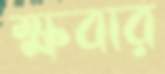
ক্ষবার